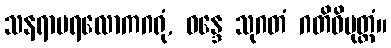
သနရာမရလောကဂရုံ, ဝန္ဒေ သုဂတံ ဂတိဝိမုတ္တံ။